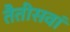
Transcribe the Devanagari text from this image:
तैतीसवां